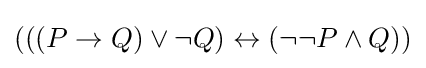
(\left(\left(P\rightarrow Q\right)\lor \lnot Q\right)\leftrightarrow \left(\lnot \lnot P\land Q\right))